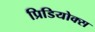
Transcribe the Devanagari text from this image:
प्रिडियोक्स